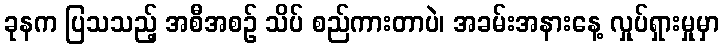
ခုနက ပြသသည့် အစီအစဉ် သိပ် စည်ကားတာပဲ၊ အခမ်းအနားနေ့ လှုပ်ရှားမှုမှာ